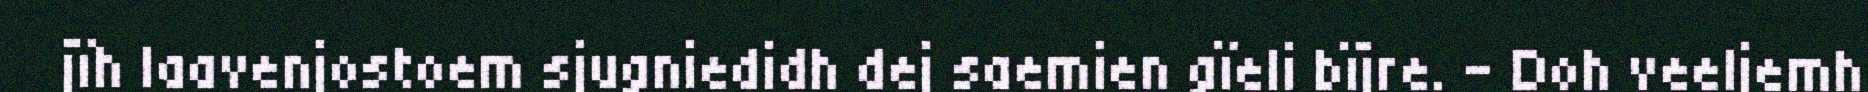
jïh laavenjostoem sjugniedidh dej saemien gïeli bïjre. – Doh veeljemh